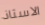
الاستاذ